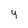
Character: y